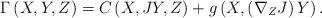
LaTeX: \begin{align*}\Gamma \left( X,Y,Z\right) =C\left( X,JY,Z\right) +g\left( X,\left( \nabla_{Z}J\right) Y\right) . \end{align*}